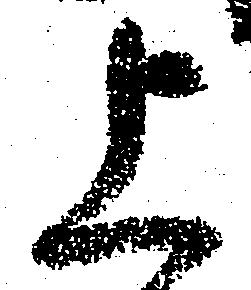
上